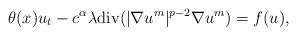
LaTeX: \begin{align*}\theta(x)u_t-c^\alpha\lambda\mathrm{div}(|\nabla u^m|^{p-2}\nabla u^m)=f(u),\end{align*}